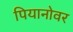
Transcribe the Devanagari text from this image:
पियानोवर